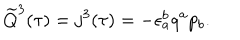
LaTeX: \widetilde Q ^ { 3 } ( \tau ) = j ^ { 3 } ( \tau ) = - \epsilon _ { a } ^ { b } q ^ { a } p _ { b } .